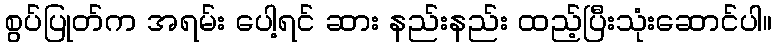
စွပ်ပြုတ်က အရမ်း ပေါ့ရင် ဆား နည်းနည်း ထည့်ပြီးသုံးဆောင်ပါ။